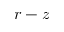
r - z